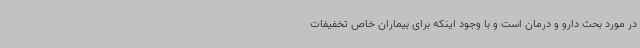
در مورد بحث دارو و درمان است و با وجود اینکه برای بیماران خاص تخفیفات